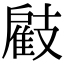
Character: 𢻠